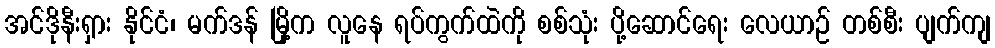
အင်ဒိုနီးရှား နိုင်ငံ၊ မက်ဒန် မြို့က လူနေ ရပ်ကွက်ထဲကို စစ်သုံး ပို့ဆောင်ရေး လေယာဉ် တစ်စီး ပျက်ကျ